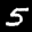
Label: 5